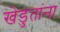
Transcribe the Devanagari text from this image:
खेडुतांना